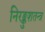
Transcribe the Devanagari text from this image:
निरङ्कुशतन्त्र